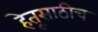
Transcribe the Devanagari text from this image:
हेतूसाठीच